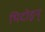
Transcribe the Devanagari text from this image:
भिदोइन्